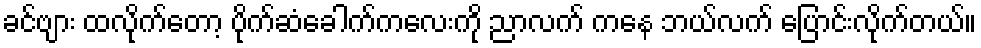
ခင်ဗျား ထလိုက်တော့ ပိုက်ဆံခေါက်ကလေးကို ညာလက် ကနေ ဘယ်လက် ပြောင်းလိုက်တယ်။